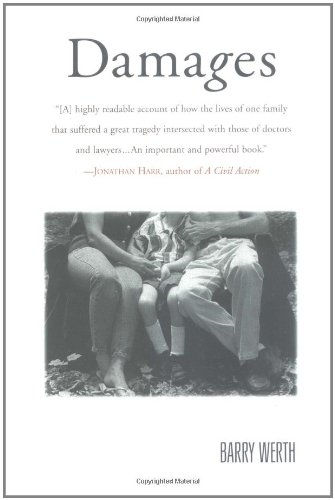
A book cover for Damages; Barry Werth; Law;